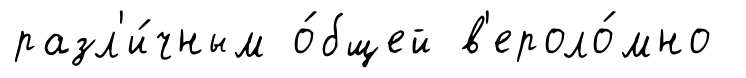
разл'и́чным о́бщей в'ероло́мно